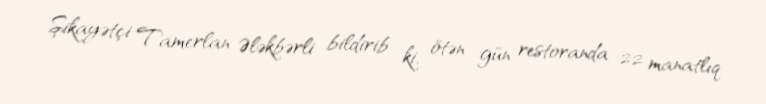
Şikayətçi Tamerlan Ələkbərli bildirib ki, ötən gün restoranda 22 manatlıq